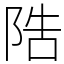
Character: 䧊